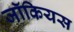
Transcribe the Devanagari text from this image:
जॉकियस